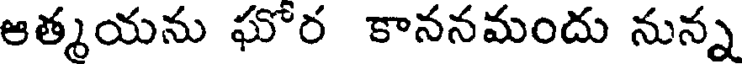
ఆత్మయను ఘోర కాననమందు నున్న